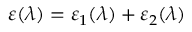
\varepsilon ( \lambda ) = \varepsilon _ { 1 } ( \lambda ) + \varepsilon _ { 2 } ( \lambda )